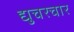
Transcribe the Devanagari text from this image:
द्युचरचार